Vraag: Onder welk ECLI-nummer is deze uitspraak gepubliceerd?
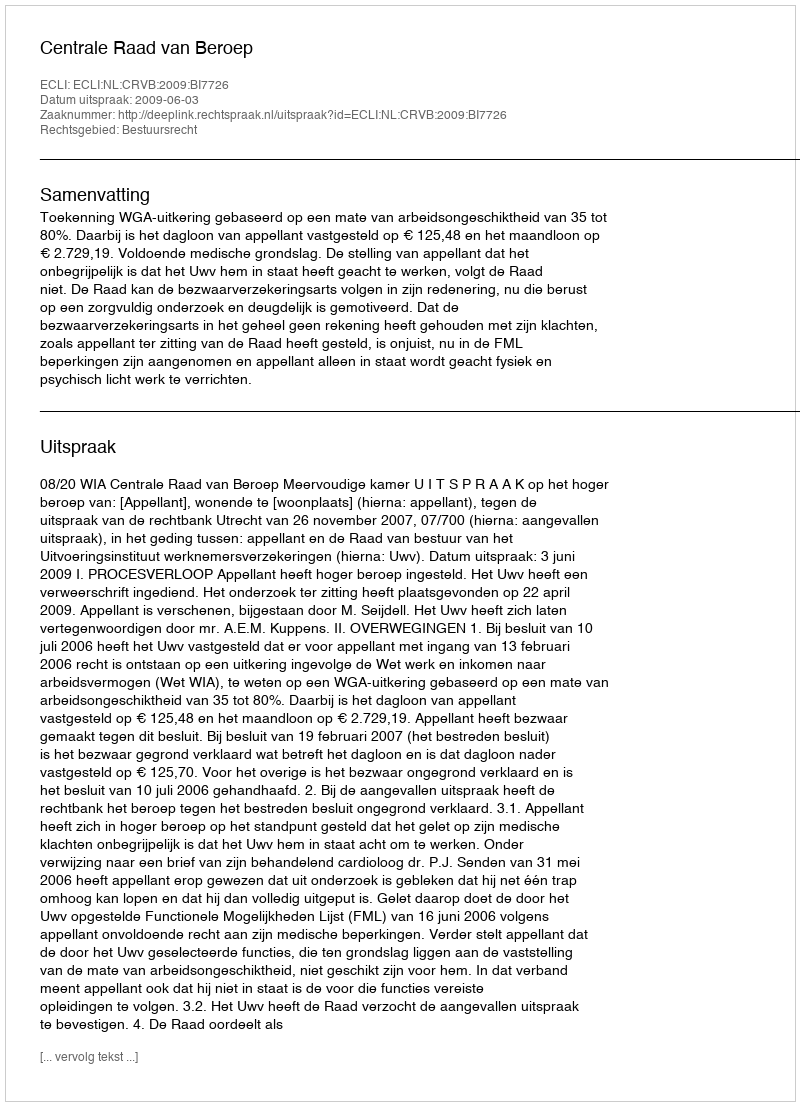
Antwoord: ECLI:NL:CRVB:2009:BI7726